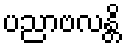
ပညာဗလန္တိ